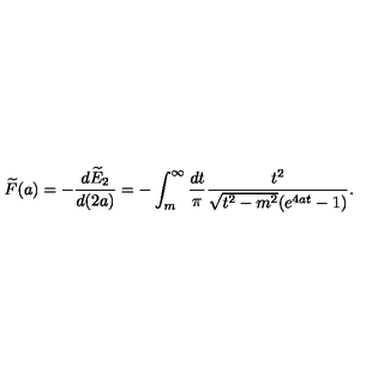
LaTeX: \widetilde { F } ( a ) = - \frac { d \widetilde { E } _ { 2 } } { d ( 2 a ) } = - \int _ { m } ^ { \infty } \frac { d t } { \pi } \frac { t ^ { 2 } } { \sqrt { t ^ { 2 } - m ^ { 2 } } ( e ^ { 4 a t } - 1 ) } .